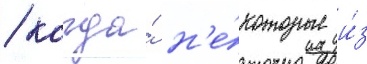
/ когда́ н'е́которые и́з